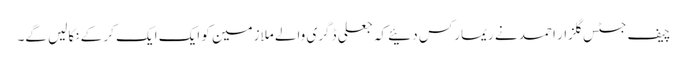
چیف جسٹس گلزار احمد نے ریمارکس دئیے کہ جعلی ڈگری والے ملازمین کو ایک ایک کر کے نکالیں گے۔